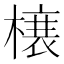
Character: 𭫲